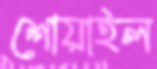
শোয়াইল